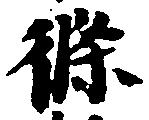
条